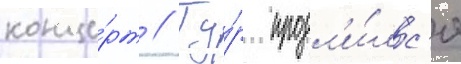
конце́рт // Ту́р продл'и́лс'я